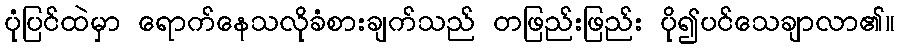
ပုံပြင်ထဲမှာ ရောက်နေသလိုခံစားချက်သည် တဖြည်းဖြည်း ပို၍ပင်သေချာလာ၏။